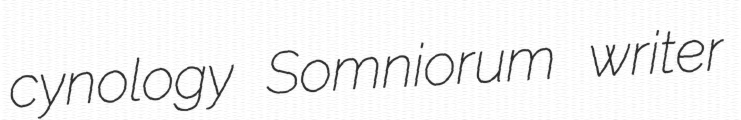
cynology Somniorum writer